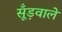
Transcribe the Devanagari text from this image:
सूँड़वाले